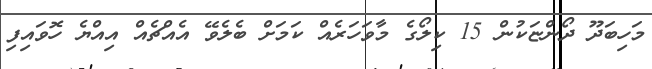
މަހިބަދޫ ދޯންޏަކުން 15 ކިލޯގެ މާވަހަރެއް ކަމަށް ބެލެވޭ އެއްޗެއް އިއްޔެ ހޮވައިފި